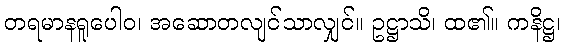
တရမာနရူပေါဝ၊ အဆောတလျင်သာလျှင်။ ဥဋ္ဌာသိ၊ ထ၏။ ကနိဋ္ဌ၊